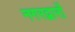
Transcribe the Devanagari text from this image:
नगरद्वारों